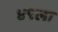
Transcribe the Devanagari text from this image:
४९ला